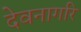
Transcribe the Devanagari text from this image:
देवनागरि